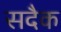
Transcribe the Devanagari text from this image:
सदैक